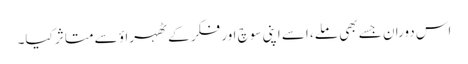
اس دوران جسے بھی ملے، اسے اپنی سوچ اور فکر کے ٹھہراؤ سے متاثر کیا۔